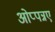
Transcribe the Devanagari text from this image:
ओप्पन्नए